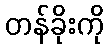
တန်ခိုးကို